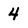
Character: 4